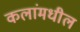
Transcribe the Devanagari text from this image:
कलांमधील